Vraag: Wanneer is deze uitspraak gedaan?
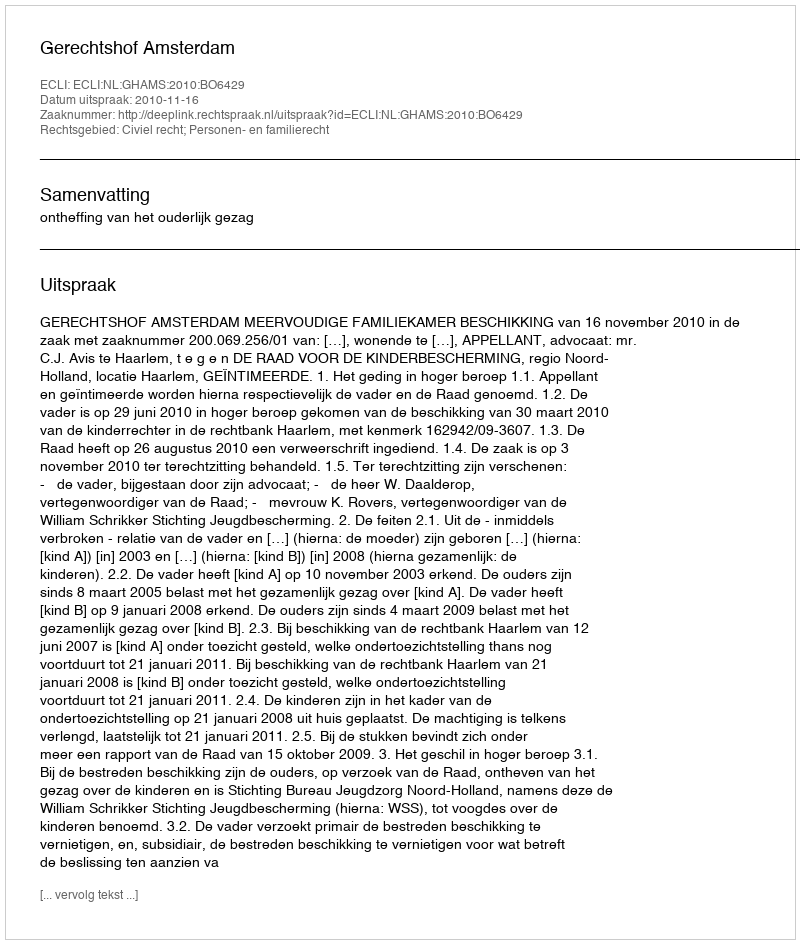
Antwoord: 2010-11-16